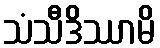
သံသီဒိဿာမိ